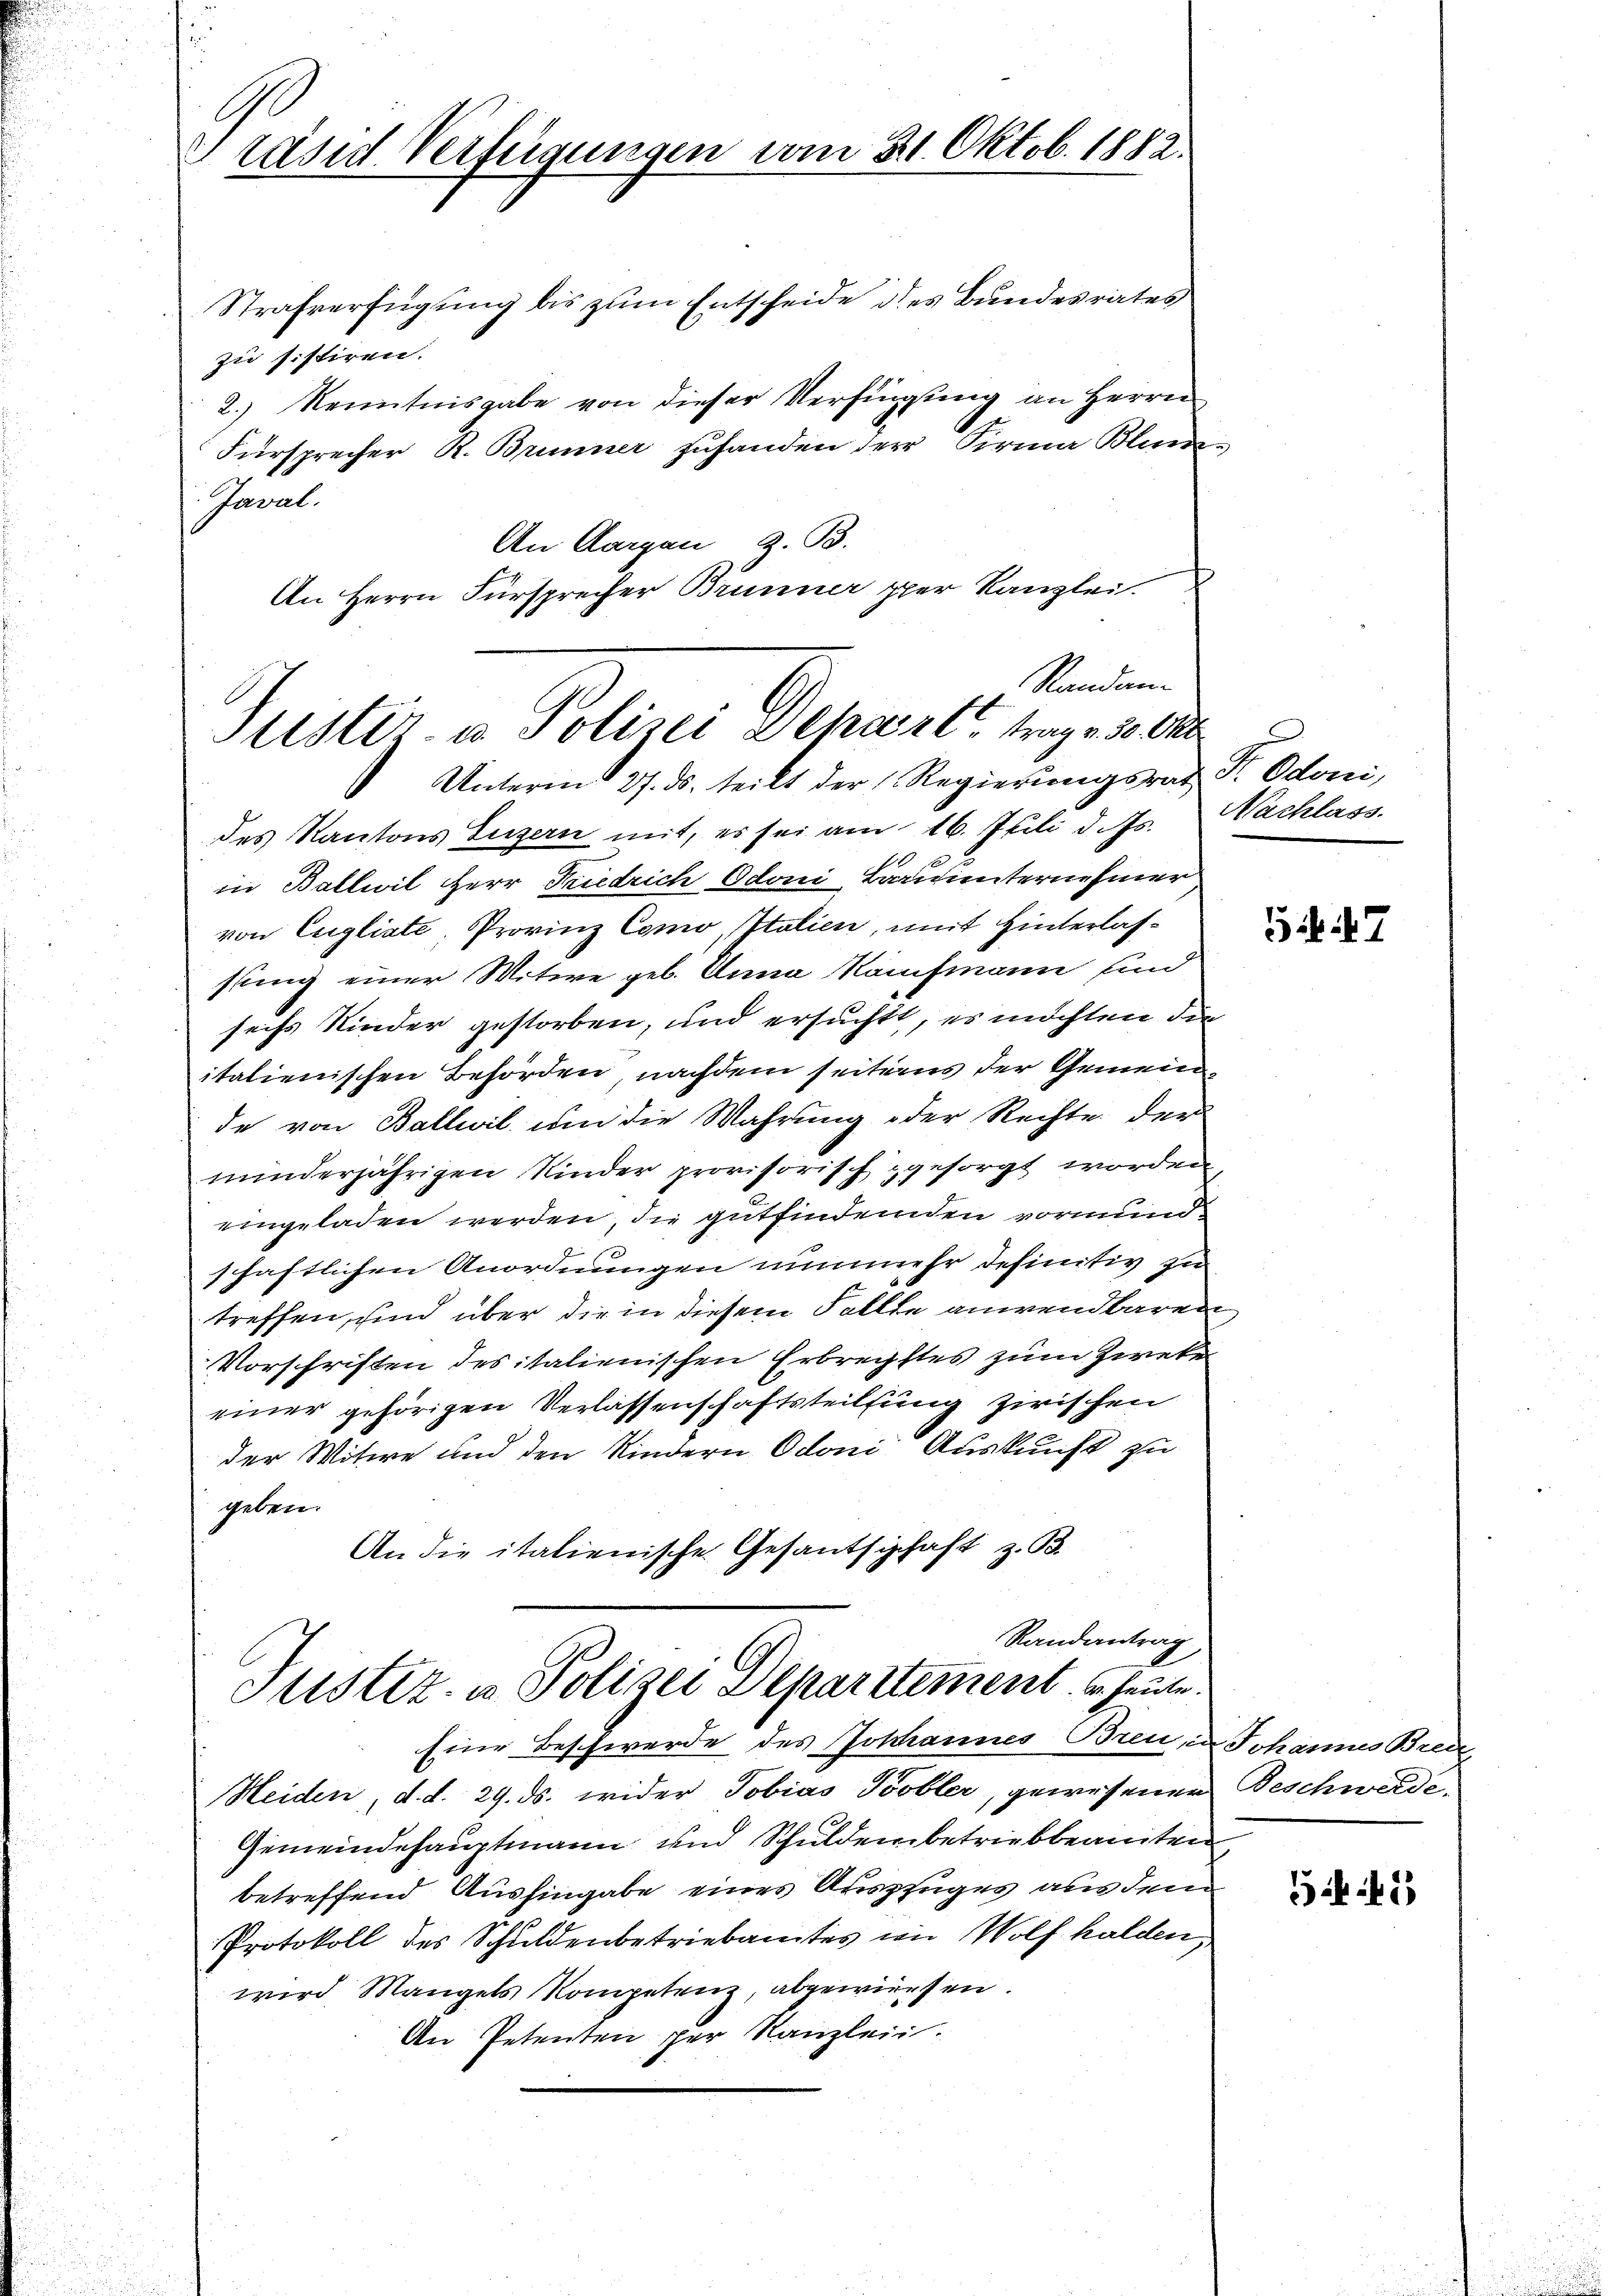
Präses Verfeigungen vom 21. Oktob. 1882.

Standen.
Justiz- u. Polizei Departt trag , 300
Unterm 27. ds. teilt der Regierŭngsrat P. Odoni,

Strafverfügung bis zum Entscheide des Bundesrates
zu sistiren.
2.) Kenntnisgabe von dieser Verfingung an Herren
Fürsprecher R. Brunner zuhanden der Firma Blum
Javal.
An Aargau, z. B.
An Herrn Fürsprecher Brunner per Kanzlei.
des Kantons Luzern mit, es sei am 16. Juli d. Js.
in Ballwil Herr Friedrich Odoni, Barunternehmer
von Engliste. Provinz Como, Italien, mit Hinterlasslung einer Witwe geb. Anna Kaufmann sind
sechs Kinder gestorben, und ersucht, es möchten di
italienischen Behörden nachdem seitens der Gemein
de von Ballwil um die Wahrung oder Rechte der
minderjährigen Kinder provisorisch gesorgt worden
eingeladen werden, die gutfindenden vormund-
schaftlichen Anordnungen nunmehr definitiv zu
treffen, und über die in diesem Falle anwendbaren
Vorschriften des italienischen Erbrechstes zum Zweke
einer gehörigen Verlassenschaftsteilung zwischen
der Witwe und den Kindern Odoni Auskunft zu
geben.
An die italienische Gesandschaft z. B.
Randantrag
Justiz- u. Polizei Departement u. heute.
Eine Beschwerde des Johannes Breu,
Meiden, d. d. 29. ds. wider Tobias Tobler, gewesenen
Gemeindehauptmann und Schuldenbetriebbeamten
betreffend Aushingabe eines Auszzuges aus dem
Protokoll des Schuldenbetriebamtes in Wolf halden,
wird Mangels Kompetenz, abgewiesen.
An Petenten per Kanzleii.

Nachlass.

e

54. 47

Schannes Brec
Beschwerde.
t

45